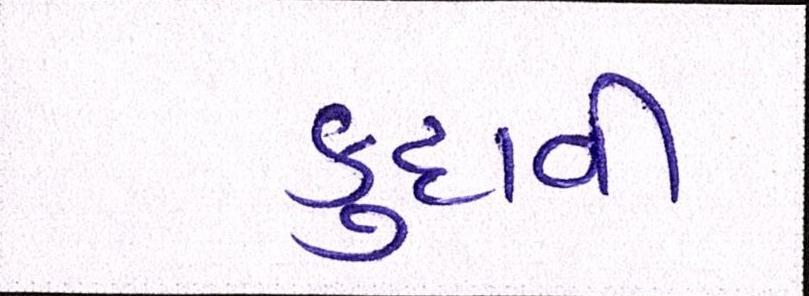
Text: કુદાવી